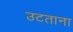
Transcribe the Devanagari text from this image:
उटताना